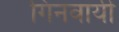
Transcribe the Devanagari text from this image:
गिनवायी